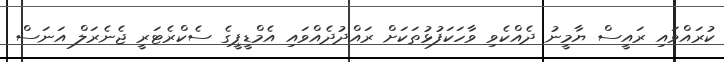
ކުރައްވައި ރައީސް ޔާމީނު ދެއްކެވި ވާހަކަފުޅުތަކަށް ރައްދުދެއްވައި އެމްޑީޕީގެ ސެކްރެޓަރީ ޖެނެރަލް އަނަސް